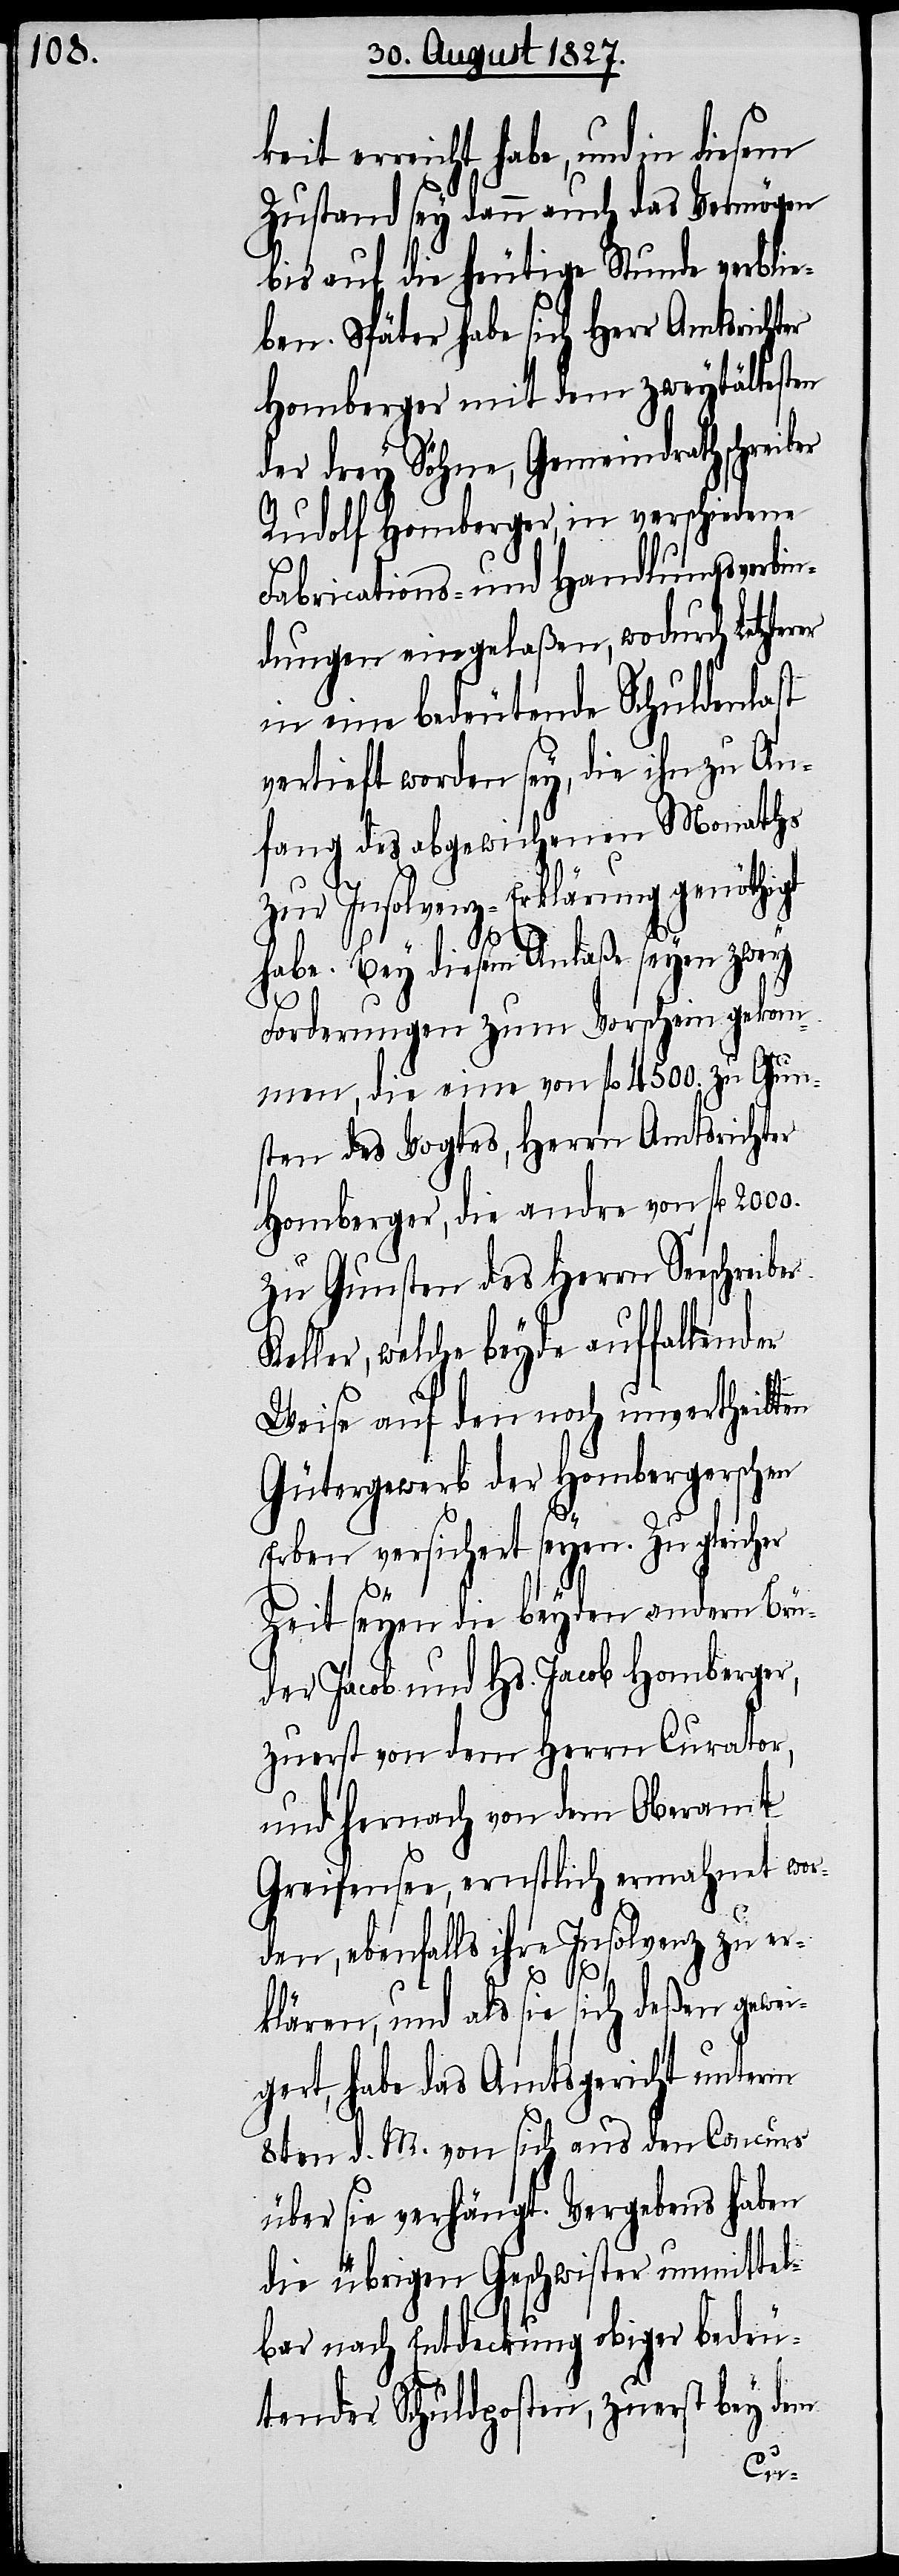
2000.

keit erreicht habe, und in
Zustand sey dann auch das Vermögen
bis auf die heutige Stunde verblie¬
ben. Später habe sich Herr Amtsrichter
Homberger mit dem zweytältesten
der drey Söhne, Gemeindrathschreiber
Rudolf Homberger, in verschiedene
Fabrications- und Handlungsverbin¬
dungen eingelaßen, wodurch Letzterer
in eine bedeutende Schuldenlast
vertieft worden sey, die ihn zu An¬
fang des abgewichenen Monaths
zur Insolvenz-Erklärung genöthigt
habe. Bey diesem Anlaße seyen zwey
Forderungen zum Vorschein gekom¬
men, die eine von fl. 4500. zu Gun¬
sten des Vogtes, Herrn Amtsrichter
Homberger, die andre von fl.
zu Gunsten des Herrn Seeschreiber
Keller, welche beyde auffallender
Weise auf den noch unvertheilten
Gütergewerb der Hombergerschen
Erben versichert seyen. Zu gleicher
Zeit seyen die beyden andern Brü¬
der Jacob und Hs. Jacob Homberger,
zuerst von dem Herrn Curator,
und hernach von dem Oberamt
Greifensee, ernstlich ermahnt wor¬
den, ebenfalls ihre Insolvenz zu er¬
klären, und als sie sich deßen gewei¬
gert, habe das Amtsgericht unterm
8ten d. M. von sich aus den Concurs
über sie verhängt. Vergebens haben
die übrigen Geschwister unmittel¬
bar nach Entdeckung obiger bedeu¬
tender Schuldposten, zuerst bey dem